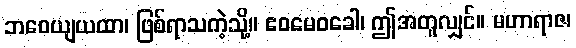
ဘဝေယျယထာ၊ ဖြစ်ရာသကဲ့သို့။ ဧဝမေဝခေါ၊ ဤအတူလျှင်။ မဟာရာဇ၊